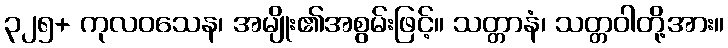
၃၂၅+ ကုလဝသေန၊ အမျိုး၏အစွမ်းဖြင့်။ သတ္တာနံ၊ သတ္တဝါတို့အား။